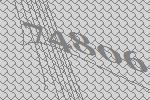
74806